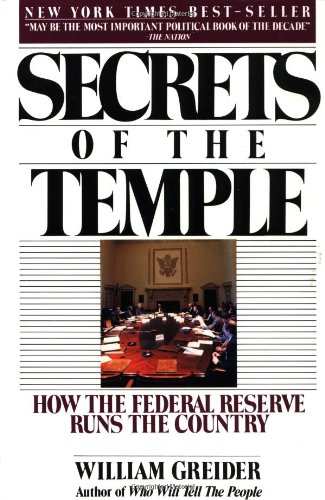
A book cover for Secrets of the Temple: How the Federal Reserve Runs the Country; William Greider; Business & Money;